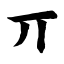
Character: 丌